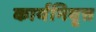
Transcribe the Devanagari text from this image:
कार्यनिवृत्त